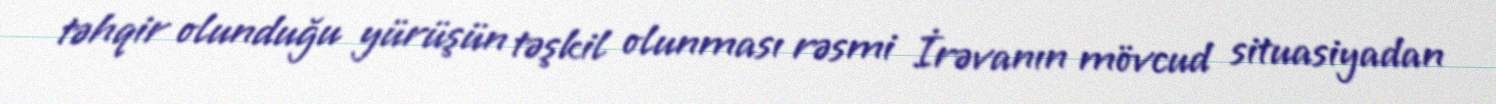
təhqir olunduğu yürüşün təşkil olunması rəsmi İrəvanın mövcud situasiyadan